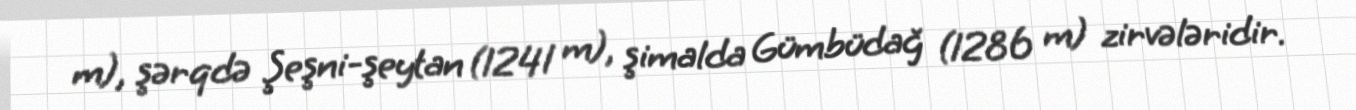
m), şərqdə Şeşni-şeytan (1241 m), şimalda Gümbüdağ (1286 m) zirvələridir.